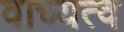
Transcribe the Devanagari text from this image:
वाच्यत्व